Lunatic asylums Burma 1907-21 - 1907-1921
Year: 1907
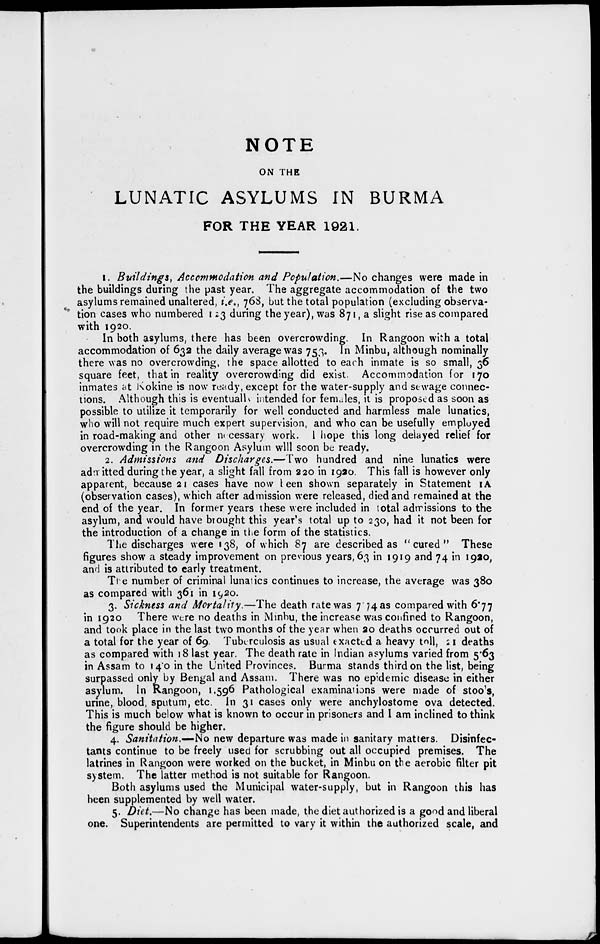
NOTE
ON THE
LUNATIC ASYLUMS IN BURMA
FOR THE YEAR 1921.
1. Buildings, Accommodation and Population.—No changes were made in
the buildings during the past year. The aggregate accommodation of the two
asylums remained unaltered, i.e., 768, but the total population (excluding observa-
tion cases who numbered 123 during the year), was 871,a slight rise as compared
with 1920.
In both asylums, there has been overcrowding. In Rangoon with a total
accommodation of 632 the daily average was 753. In Minbu, although nominally
there was no overcrowding, the space allotted to each inmate is so small, 36
square feet, that in reality overcrowding did exist. Accommodation for 170
inmates at Kokine is now ready, except for the water-supply and sewage connec-
tions. Although this is eventually intended for females, it is proposed as soon as
possible to utilize it temporarily for well conducted and harmless male lunatics,
who will not require much expert supervision, and who can be usefully employed
in road-making and other necessary work. I hope this long delayed relief for
overcrowding in the Rangoon Asylum will soon be ready.
2. Admissions and Discharges.—Two hundred and nine lunatics were
admitted during the year, a slight fall from 220 in 1920. This fall is however only
apparent, because 21 cases have now been shown separately in Statement 1A
(observation cases), which after admission were released, died and remained at the
end of the year. In former years these were included in total admissions to the
asylum, and would have brought this year's total up to 230, had it not been for
the introduction of a change in the form of the statistics.
The discharges were 138, of which 87 are described as " cured " These
figures show a steady improvement on previous years, 63 in 1919 and 74 in 1920,
and is attributed to early treatment.
The number of criminal lunatics continues to increase, the average was 380
as compared with 361 in 1920.
3. Sickness and Mortality.—The death rate was 7.74 as compared with 6.77
in 1920 There were no deaths in Minbu, the increase was confined to Rangoon,
and took place in the last two months of the year when 20 deaths occurred out of
a total for the year of 69. Tuberculosis as usual exacted a heavy toll, 21 deaths
as compared with 18 last year. The death rate in Indian asylums varied from 5.63
in Assam to 14.0 in the United Provinces. Burma stands third on the list, being
surpassed only by Bengal and Assam. There was no epidemic disease in either
asylum. In Rangoon, 1,596 Pathological examinations were made of stools,
urine, blood, sputum, etc. In 31 cases only were anchylostome ova detected.
This is much below what is known to occur in prisoners and I am inclined to think
the figure should be higher.
4. Sanitation.—No new departure was made in sanitary matters. Disinfec-
tants continue to be freely used for scrubbing out all occupied premises. The
latrines in Rangoon were worked on the bucket, in Minbu on the aerobic filter pit
system. The latter method is not suitable for Rangoon.
Both asylums used the Municipal water-supply, but in Rangoon this has
been supplemented by well water.
5. Diet.—No change has been made, the diet authorized is a good and liberal
one. Superintendents are permitted to vary it within the authorized scale, and